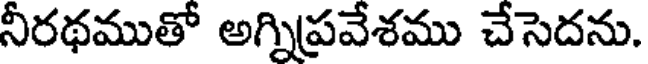
నీరథముతో అగ్నిప్రవేశము చేసెదను.